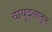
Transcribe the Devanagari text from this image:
वायुदलातून